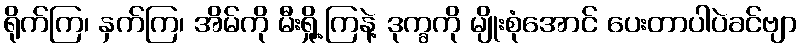
ရိုက်ကြ၊ နှက်ကြ၊ အိမ်ကို မီးရှို့ကြနဲ့ ဒုက္ခကို မျိုးစုံအောင် ပေးတာပါပဲခင်ဗျာ